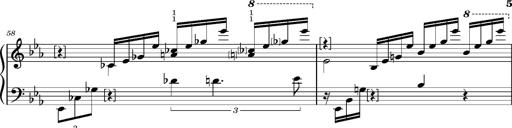
Title: PrÃ©ludes et Harmonies poÃ©tiques et religieuses
Composer: Franz Liszt